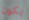
يكون